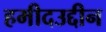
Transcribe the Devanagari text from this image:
हमीदउद्दीन